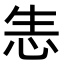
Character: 𢘡